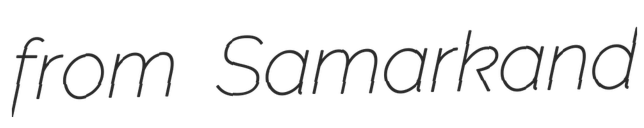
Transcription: from Samarkand